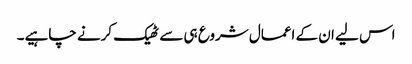
اس لیے ان کے اعمال شروع ہی سے ٹھیک کرنے چاہیے۔